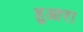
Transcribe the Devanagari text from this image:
हुआरा